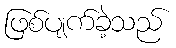
ဖြစ်ပျက်ခဲ့သည်